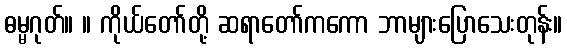
ဓမ္မဂုတ်။ ။ ကိုယ်တော်တို့ ဆရာတော်ကကော ဘာများပြောသေးတုန်း။